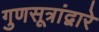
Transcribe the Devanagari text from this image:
गुणसूत्रांद्वारे